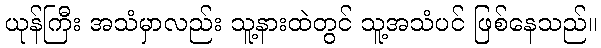
ယုန်ကြီး အသံမှာလည်း သူ့နားထဲတွင် သူ့အသံပင် ဖြစ်နေသည်။